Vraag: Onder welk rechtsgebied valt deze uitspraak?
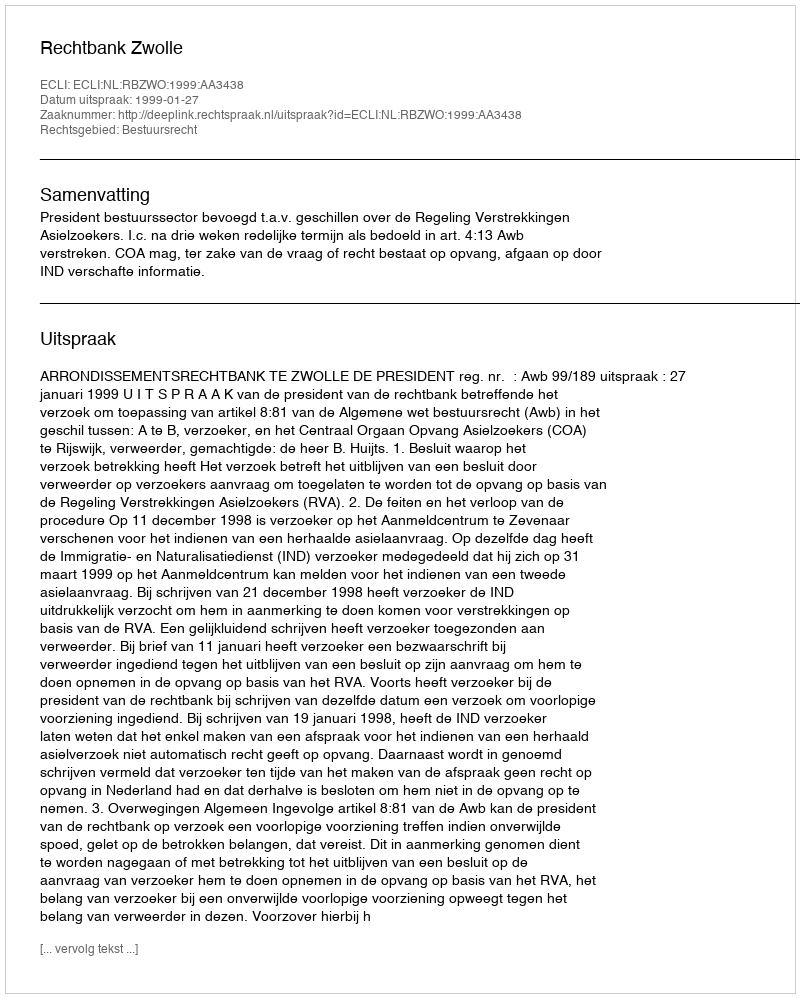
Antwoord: Bestuursrecht